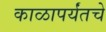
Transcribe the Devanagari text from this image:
काळापर्यंतचे